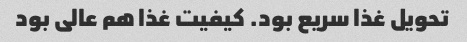
تحویل غذا سریع بود. کیفیت غذا هم عالی بود